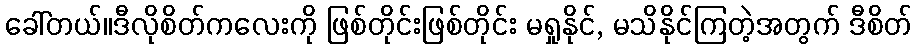
ခေါ်တယ်။ဒီလိုစိတ်ကလေးကို ဖြစ်တိုင်းဖြစ်တိုင်း မရှုနိုင်, မသိနိုင်ကြတဲ့အတွက် ဒီစိတ်